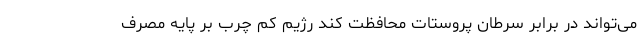
می‌تواند در برابر سرطان پروستات محافظت کند رژیم کم چرب بر پایه مصرف